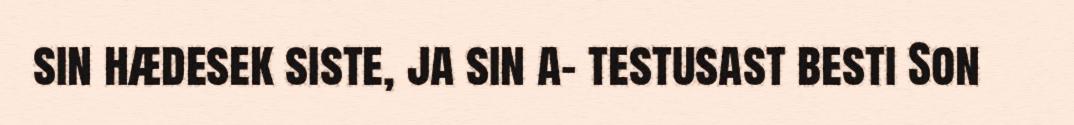
sin hædesek siste, ja sin a- testusast besti Son